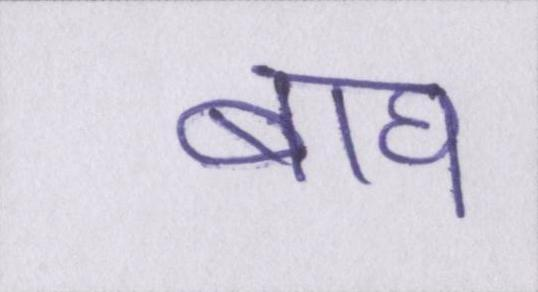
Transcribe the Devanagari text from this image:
बाघ